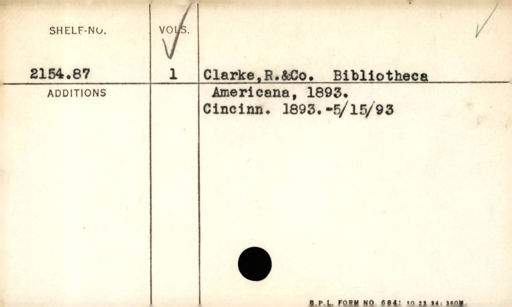
Label: content